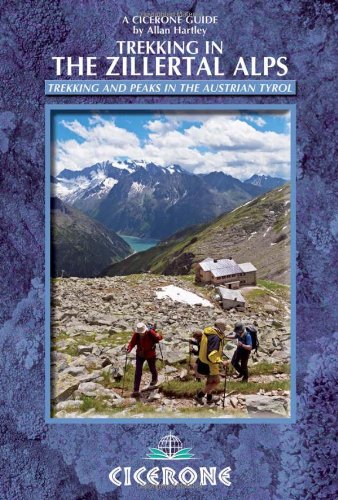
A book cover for Trekking in the Zillertal Alps (Cicerone Guides); Allan Hartley; Travel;